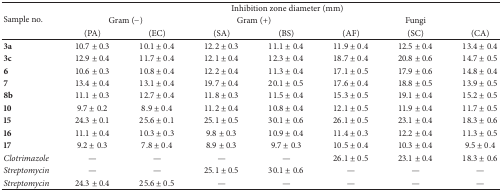
<table><thead><tr><td rowspan="3"><b>Sample no.</b></td><td colspan="7"><b>Inhibition zone diameter (mm)</b></td></tr><tr><td colspan="2"><b>Gram (−)</b></td><td colspan="2"><b>Gram (+)</b></td><td colspan="3"><b>Fungi</b></td></tr><tr><td><b> (PA) </b></td><td><b> (EC) </b></td><td><b> (SA)</b></td><td><b> (BS)</b></td><td><b> (AF)</b></td><td><b> (SC)</b></td><td><b> (CA)</b></td></tr></thead><tbody><tr><td><b>3a</b></td><td>10.7 ± 0.3</td><td>10.1 ± 0.4</td><td>12.2 ± 0.3</td><td>11.1 ± 0.4</td><td>11.9 ± 0.4</td><td>12.5 ± 0.4</td><td>13.4 ± 0.4</td></tr><tr><td><b>3c</b></td><td>12.9 ± 0.4</td><td>11.7 ± 0.4</td><td>12.1 ± 0.4</td><td>12.3 ± 0.4</td><td>18.7 ± 0.4</td><td>20.8 ± 0.6</td><td>14.7 ± 0.5</td></tr><tr><td><b>6</b></td><td>10.6 ± 0.3</td><td>10.8 ± 0.4</td><td>12.2 ± 0.4</td><td>11.3 ± 0.4</td><td>17.1 ± 0.5</td><td>17.9 ± 0.6</td><td>14.8 ± 0.4</td></tr><tr><td><b>7</b></td><td>13.4 ± 0.4</td><td>13.1 ± 0.4</td><td>19.7 ± 0.4</td><td>20.1 ± 0.5</td><td>17.6 ± 0.4</td><td>18.8 ± 0.5</td><td>13.9 ± 0.5</td></tr><tr><td><b>8b</b></td><td>11.1 ± 0.3</td><td>12.7 ± 0.4</td><td>11.8 ± 0.3</td><td>11.5 ± 0.4</td><td>15.3 ± 0.5</td><td>19.1 ± 0.4</td><td>15.2 ± 0.5</td></tr><tr><td><b>10</b></td><td>9.7 ± 0.2</td><td>8.9 ± 0.4</td><td>11.2 ± 0.4</td><td>10.8 ± 0.4</td><td>12.1 ± 0.5</td><td>11.9 ± 0.4</td><td>11.7 ± 0.5</td></tr><tr><td><b>15</b></td><td>24.3 ± 0.1</td><td>25.6 ± 0.1</td><td>25.1 ± 0.5</td><td>30.1 ± 0.6</td><td>26.1 ± 0.5</td><td>23.1 ± 0.4</td><td>18.3 ± 0.6</td></tr><tr><td><b>16</b></td><td>11.1 ± 0.4</td><td>10.3 ± 0.3</td><td>9.8 ± 0.3</td><td>10.9 ± 0.4</td><td>11.4 ± 0.3</td><td>12.2 ± 0.4</td><td>11.3 ± 0.5</td></tr><tr><td><b>17</b></td><td>9.2 ± 0.3</td><td>7.8 ± 0.4</td><td>8.9 ± 0.3</td><td>9.7 ± 0.3</td><td>10.5 ± 0.4</td><td>10.3 ± 0.4</td><td>9.5 ± 0.4</td></tr><tr><td><i>Clotrimazole </i></td><td>—</td><td>—</td><td>—</td><td>—</td><td>26.1 ± 0.5</td><td>23.1 ± 0.4</td><td>18.3 ± 0.6</td></tr><tr><td><i>Streptomycin </i></td><td>—</td><td>—</td><td>25.1 ± 0.5</td><td>30.1 ± 0.6</td><td>—</td><td>—</td><td>—</td></tr><tr><td><i>Streptomycin </i></td><td>24.3 ± 0.4</td><td>25.6 ± 0.5</td><td>—</td><td>—</td><td>—</td><td>—</td><td>—</td></tr></tbody></table>